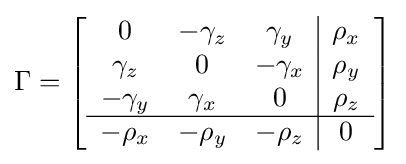
\Gamma =\left[{\begin{array}{ccc|c}0&-\gamma _{z}&\gamma _{y}&\rho _{x}\\\gamma _{z}&0&-\gamma _{x}&\rho _{y}\\-\gamma _{y}&\gamma _{x}&0&\rho _{z}\\\hline -\rho _{x}&-\rho _{y}&-\rho _{z}&0\end{array}}\right]